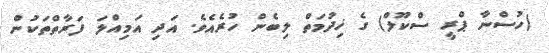
(ހުސްނާ ޕްރީ ސްކޫލް) ގެ ޚިދުމަތް ލިބެން ހުރެއެވެ. އަދި އަމިއްލަ ފަރާތްތަކުން